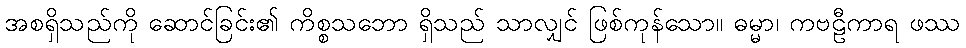
အစရှိသည်ကို ဆောင်ခြင်း၏ ကိစ္စသဘော ရှိသည် သာလျှင် ဖြစ်ကုန်သော။ ဓမ္မာ၊ ကဗဠီကာရ ဖဿ